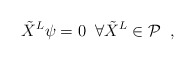
\begin{align*}\tilde{X}^L\psi=0\;\;\forall \tilde{X}^L\in {\cal P}\;\; ,\end{align*}